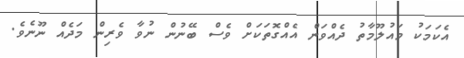
އެކަމަކު މައުލޫމާތު ދެއްވަން އެއްގޮތަކަށް ވެސް ބޭނުން ނުވާ ވެރިން މަދެއް ނޫނެވެ.